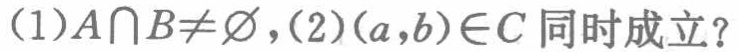
(1)$A\cap B\neq \varnothing$,(2)$(a,b)\in C$同时成立？